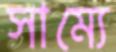
সাম্যে